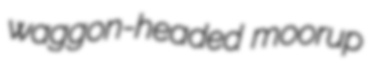
waggon-headed moorup